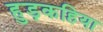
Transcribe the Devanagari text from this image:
हुड़कहिया